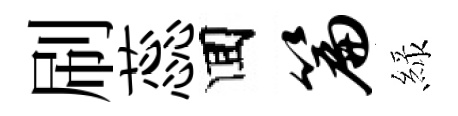
刷蕊囬篇緑